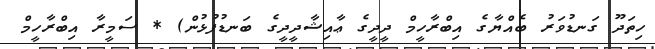
ހިތަދޫ ގަނޑުވަރު ބެއްޔާގެ އިިބްރާހީމް ދީދީގެ ޢާއިޝާދީދީގެ ބަނޑުފުޅުން) * ސަމީރާ އިބްރާހީމް